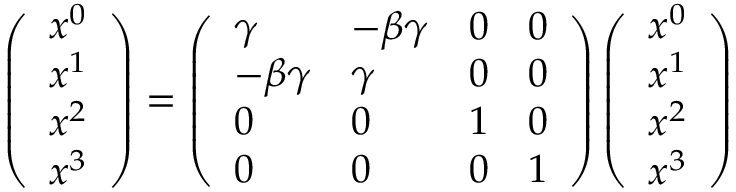
\left( \begin{array} { l } { x ^ { 0 } } \\ { x ^ { 1 } } \\ { x ^ { 2 } } \\ { x ^ { 3 } } \end{array} \right) = \left( \begin{array} { l l l l } { \gamma } & { - \beta \gamma } & { 0 } & { 0 } \\ { - \beta \gamma } & { \gamma } & { 0 } & { 0 } \\ { 0 } & { 0 } & { 1 } & { 0 } \\ { 0 } & { 0 } & { 0 } & { 1 } \end{array} \right) \left( \begin{array} { l } { x ^ { 0 } } \\ { x ^ { 1 } } \\ { x ^ { 2 } } \\ { x ^ { 3 } } \end{array} \right)